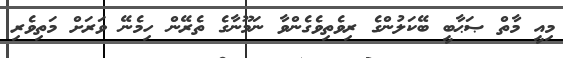
މިއީ މާތް ޞަޙާބީ ބޭކަލުންގެ ރިވެތިވެގެންވާ ނަމޫނާގެ ތެރޭން ހިމެނޭ ވަރަށް މަތިވެރި